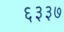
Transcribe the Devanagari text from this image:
६३३७